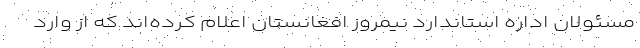
مسئولان اداره استاندارد نیمروز افغانستان اعلام کرده‌اند که از وارد